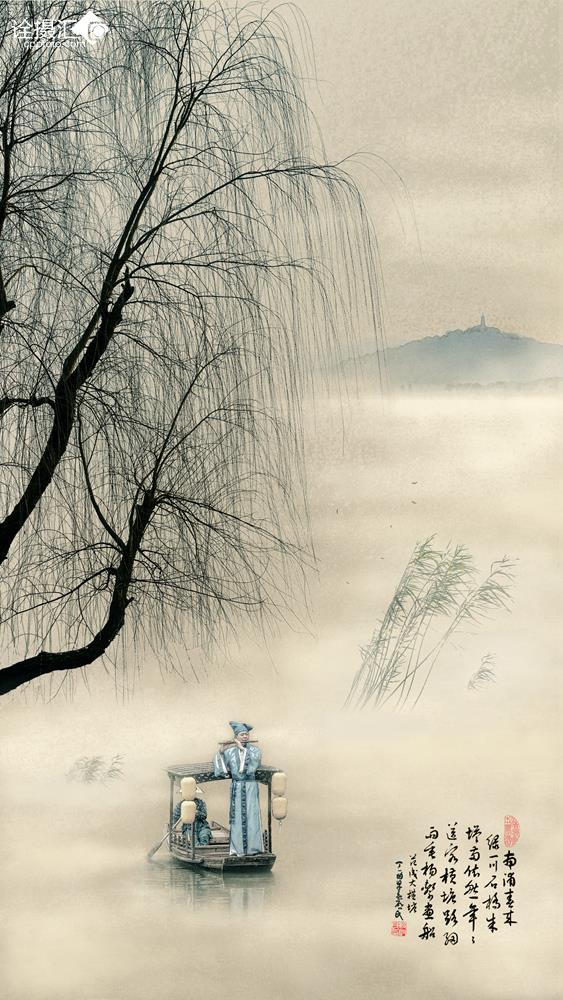
年年送客横塘路，细雨垂杨系画船。